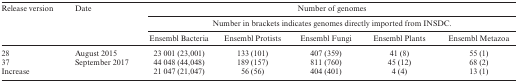
<table><thead><tr><td><b>Release version</b></td><td><b>Date</b></td><td colspan="5"><b>Number of genomes</b></td></tr><tr><td></td><td></td><td colspan="5"><b>Number in brackets indicates genomes directly imported from INSDC.</b></td></tr><tr><td></td><td></td><td><b>Ensembl Bacteria</b></td><td><b>Ensembl Protists</b></td><td><b>Ensembl Fungi</b></td><td><b>Ensembl Plants</b></td><td><b>Ensembl Metazoa</b></td></tr></thead><tbody><tr><td>28</td><td>August 2015</td><td>23 001 (23,001)</td><td>133 (101)</td><td>407 (359)</td><td>41 (8)</td><td>55 (1)</td></tr><tr><td>37</td><td>September 2017</td><td>44 048 (44,048)</td><td>189 (157)</td><td>811 (760)</td><td>45 (12)</td><td>68 (2)</td></tr><tr><td>Increase</td><td></td><td>21 047 (21,047)</td><td>56 (56)</td><td>404 (401)</td><td>4 (4)</td><td>13 (1)</td></tr></tbody></table>